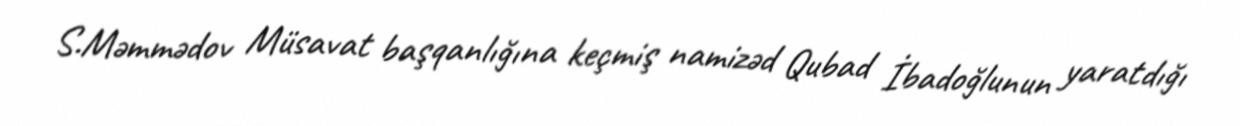
S.Məmmədov Müsavat başqanlığına keçmiş namizəd Qubad İbadoğlunun yaratdığı